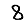
Digit: 8